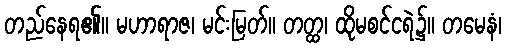
တည်နေရ၏။ မဟာရာဇ၊ မင်းမြတ်။ တတ္ထ၊ ထိုမစင်ငရဲ၌။ တမေနံ၊